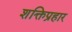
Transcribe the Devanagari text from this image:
शक्तिप्रहार